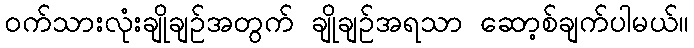
ဝက်သားလုံးချိုချဉ်အတွက် ချိုချဉ်အရသာ ဆော့စ်ချက်ပါမယ်။